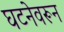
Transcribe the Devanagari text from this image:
घटनेवरून